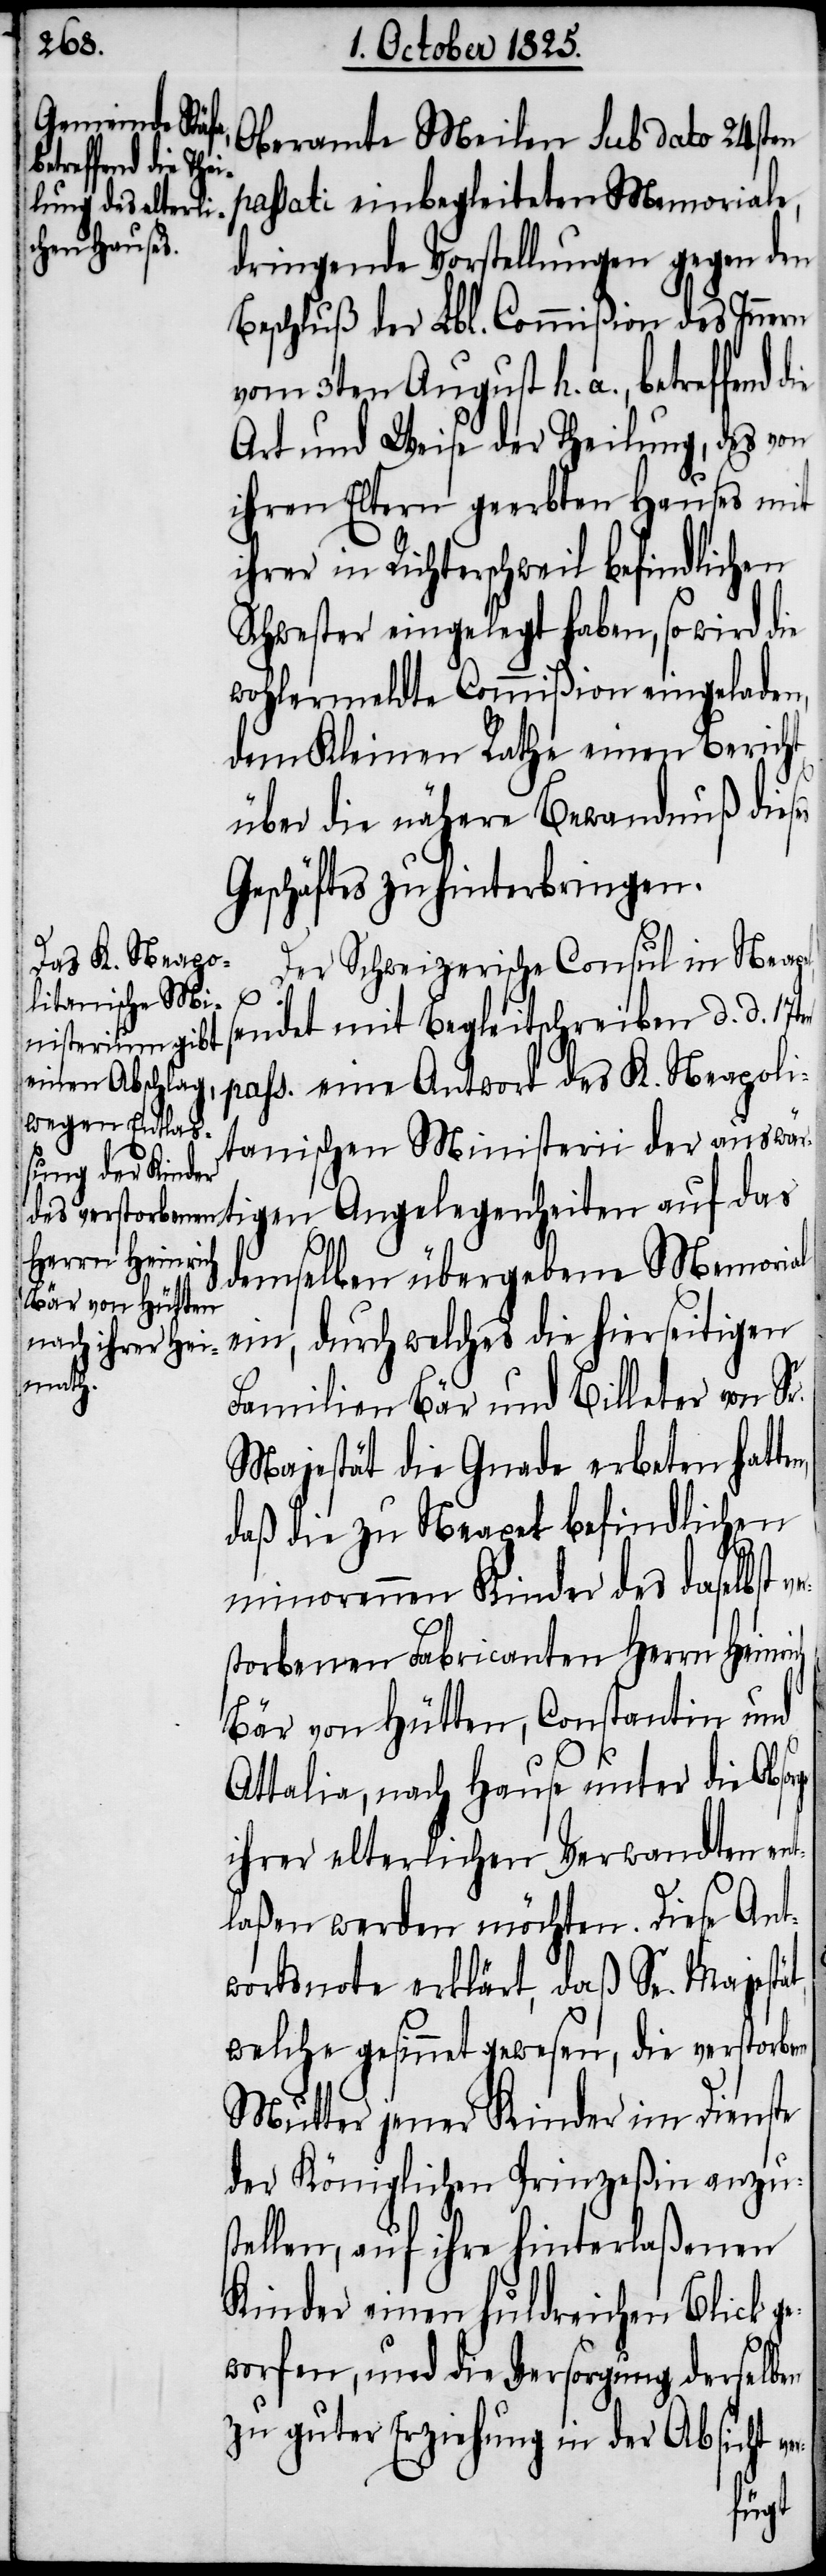
Oberamte Meilen sub dato 24sten
passati einbegleiteten Memoriale,
dringende Vorstellungen gegen den
Beschluß der Lbl. Commißion des Innern
vom 3ten August h. a., betreffend
Art und Weise der Theilung, des von
ihren Eltern geerbten Hauses mit
ihrer in Richterschweil befindlichen
Schwester eingelegt haben, so wird die
wohlermeldte Commißion eingeladen,
dem Kleinen Rathe einen Bericht
über die nähere Bewandnuß dieses
Geschäftes zu hinterbringen.
Der Schweizerische Consul in Neapel
sendet mit Begleitschreiben d. d. 17ten
pass. eine Antwort des K. Neapoli¬
tanischen Ministerii der auswär¬
r¬
demselben übergebene Memorial
ein, durch welches die hierseitigen
Familien Bär und Billeter von Sr.
Majestät die Gnade erbeten hatte¬
daß die zu Neapel befindlichen
minorennen Kinder des daselbst ve¬
storbenen Fabricanten Herrn Heinrich
Bär von Hütten, Constantin und
Attalia, nach Hause unter die Absage
ihrer elterlichen Verwandten ent¬
laßen werden möchten. Diese Ant¬
wortsnote erklärt, daß Se. Maje¬
welche gesinnet gewesen, die verstorben
Mutter jener Kinder im Dienste
der Königlichen Prinzeßin anzu¬
stellen, auf ihre hinterlaßenen
Kinder einen huldreichen Blick ge¬
worfen, und die Versorgung derselben
zu guter Erziehung in der Absicht
stät,